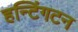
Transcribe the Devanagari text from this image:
हन्टिंगटन